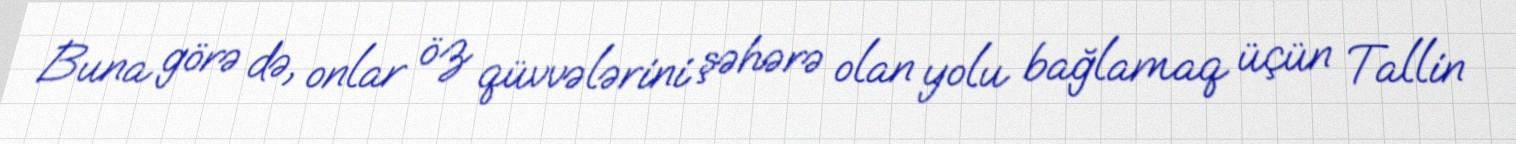
Buna görə də, onlar öz qüvvələrini şəhərə olan yolu bağlamaq üçün Tallin